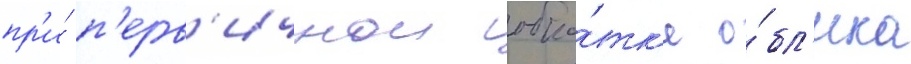
пр'и́ п'ерв'ичнои обка́тк'е о́бл'ика